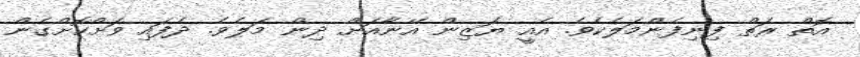
އޮތް ރަތް ފިނިފެންމަލެކެވެ. އެއީ ޔަޒިން އޭނާއަށް ދިން މަލެވެ. ދެފައި ވަށްކޮށްގެން